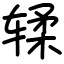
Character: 𫐓